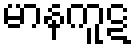
မာနကူဋ